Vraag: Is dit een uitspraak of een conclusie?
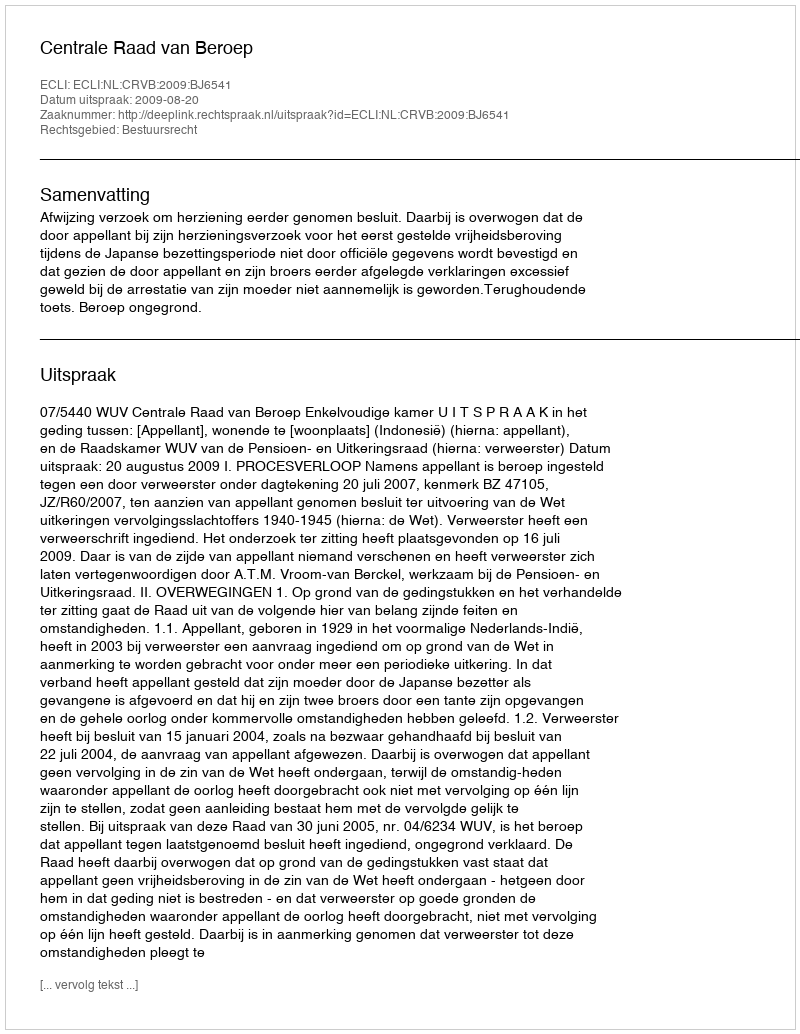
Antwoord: Uitspraak